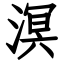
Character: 溟